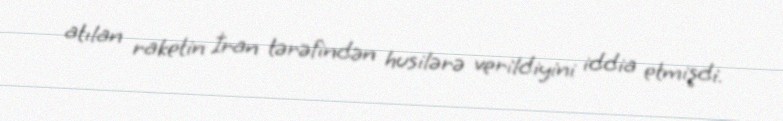
atılan raketin İran tərəfindən husilərə verildiyini iddia etmişdi.